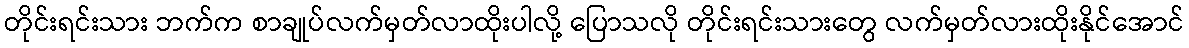
တိုင်းရင်းသား ဘက်က စာချုပ်လက်မှတ်လာထိုးပါလို့ ပြောသလို တိုင်းရင်းသားတွေ လက်မှတ်လားထိုးနိုင်အောင်